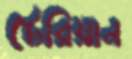
টেরিয়ান